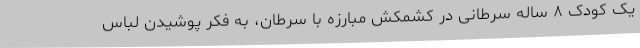
یک کودک ۸ ساله سرطانی در کشمکش مبارزه با سرطان، به فکر پوشیدن لباس